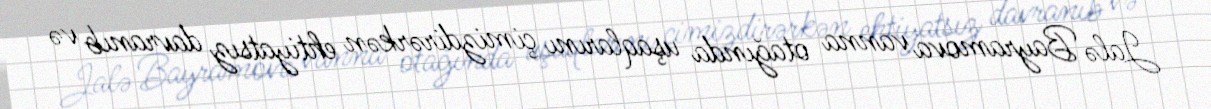
Jalə Bayramova vanna otağında uşaqlarını çimizdirərkən ehtiyatsız davranıb və